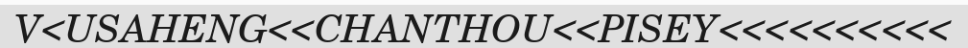
V<USAHENG<<CHANTHOU<<PISEY<<<<<<<<<<